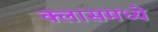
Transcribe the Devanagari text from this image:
क्लासमध्ये